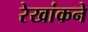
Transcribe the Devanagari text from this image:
रेखांकने